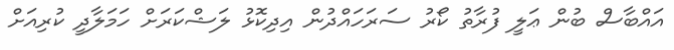
އައްބާސް ބުން ޢަލީ ފުރާތު ކޯރު ސަރަހައްދުން އިދިކޮޅު ލަޝްކަރަށް ހަމަލާދީ ކުރިއަށް